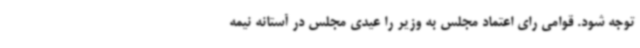
توجه شود. قوامی رای اعتماد مجلس به وزیر را عیدی مجلس در آستانه نیمه